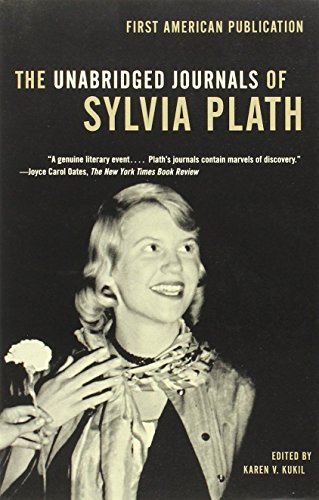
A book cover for The Unabridged Journals of Sylvia Plath; Sylvia Plath; Biographies & Memoirs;